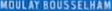
MOULAY ROUSSEHAM